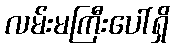
လမ်းမကြီးပေါ်ရှိ